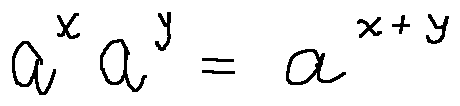
a ^ { x } a ^ { y } = a ^ { x + y }